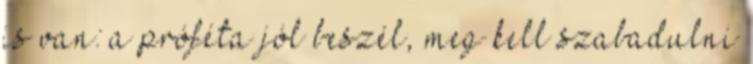
is van: a próféta jól beszél, meg kell szabadulni